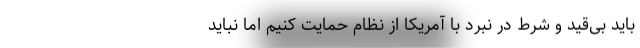
باید بی‌قید و شرط در نبرد با آمریکا از نظام حمایت کنیم اما نباید